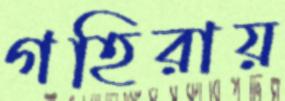
গহিরায়